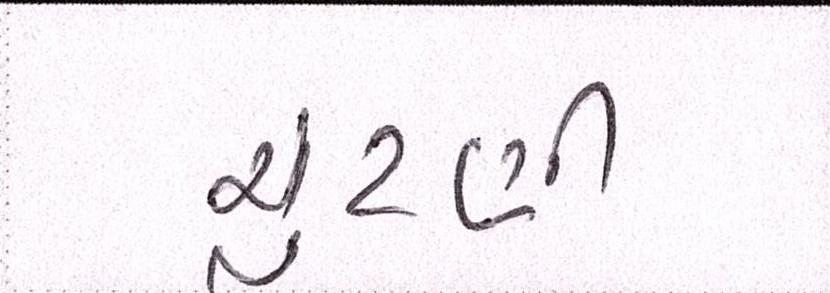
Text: ચુંટણી